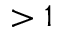
> 1